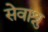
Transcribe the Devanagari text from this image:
सेवाश्रु